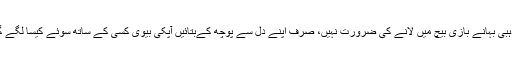
مذہبی بہانے بازی بیچ میں لانے کی ضرورت نہیں، صرف اپنے دل سے پوچھ کےبتائیں آپکی بیوی کسی کے ساتھ سوئے کیسا لگے گا۔